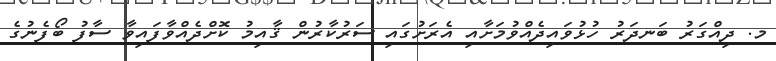
މ. ދިއްގަރު ބަނދަރު ހުޅުވައިދެއްވުމަށާއި އެރަށުގައި ސަރުކާރުން ޤާއިމު ކޮށްދެއްވާފައިވާ ސާފު ބޯފެނުގެ